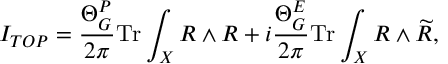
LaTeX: I _ { T O P } = \frac { \Theta _ { G } ^ { P } } { 2 \pi } \mathrm { T r } \int _ { X } R \wedge R + i \frac { \Theta _ { G } ^ { E } } { 2 \pi } \mathrm { T r } \int _ { X } R \wedge \widetilde { R } ,